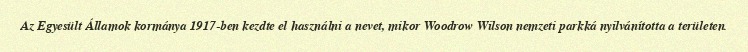
Az Egyesült Államok kormánya 1917-ben kezdte el használni a nevet, mikor Woodrow Wilson nemzeti parkká nyilvánította a területen.